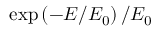
\exp \left( - E / E _ { 0 } \right) / E _ { 0 }